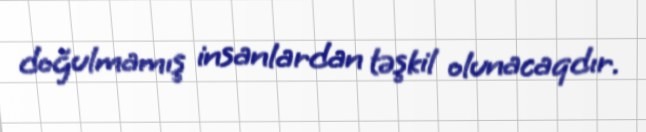
doğulmamış insanlardan təşkil olunacaqdır.